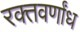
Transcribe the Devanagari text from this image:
रक्तवर्णांध